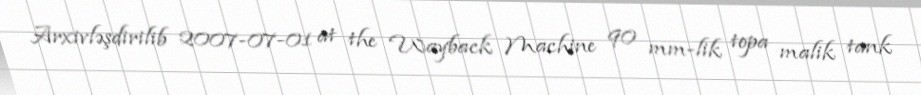
Arxivləşdirilib 2007-07-01 at the Wayback Machine 90 mm-lik topa malik tank